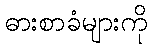
ဓားစာခံများကို